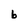
Character: b